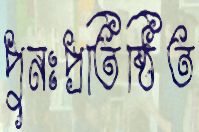
পুনঃপ্রতিষ্ঠিত